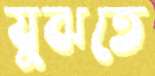
যুঝতে